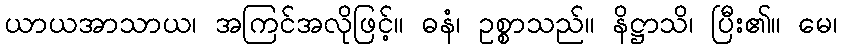
ယာယအာသာယ၊ အကြင်အလိုဖြင့်။ ဓနံ၊ ဥစ္စာသည်။ နိဋ္ဌာသိ၊ ပြီး၏။ မေ၊